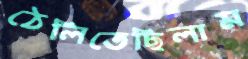
ঠেলিতেছিলাম